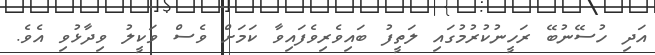
އަދި ހުސޭނުބޭ ރަހީނުކުރުމުގައި ލަތީފު ބައިވެރިވެފައިވާ ކަމަށް ވެސް ވަކީލު ވިދާޅުވި އެވެ.